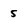
Character: 5